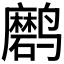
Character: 𲎉